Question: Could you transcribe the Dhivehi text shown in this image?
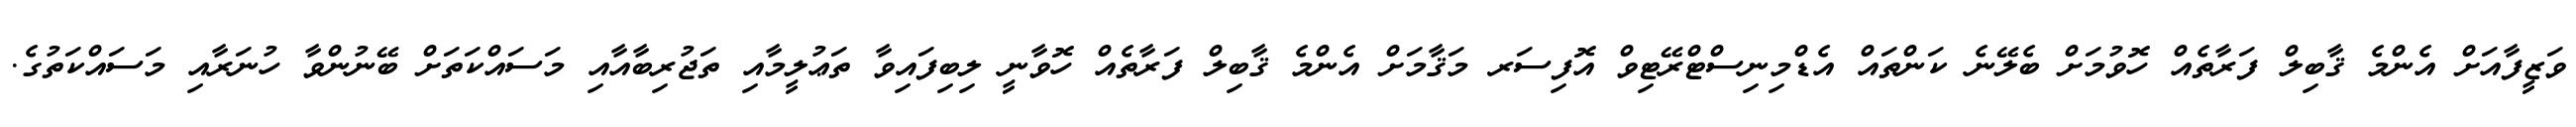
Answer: ވަޒީފާއަށް އެންމެ ޤާބިލް ފަރާތެއް ހޮވުމަށް ބެލޭނެ ކަންތައް އެޑްމިނިސްޓްރޭޓިވް އޮފިސަރ މަޤާމަށް އެންމެ ޤާބިލް ފަރާތެއް ހޮވާނީ ލިބިފައިވާ ތަޢުލީމާއި ތަޖުރިބާއާއި މަސައްކަތަށް ބޭނުންވާ ހުނަރާއި މަސައްކަތުގެ.